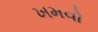
ખમવો